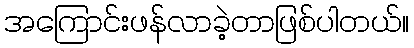
အကြောင်းဖန်လာခဲ့တာဖြစ်ပါတယ်။